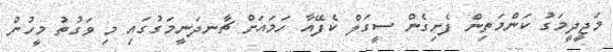
މަޖީދީމަގު ކަންމަތިން ފެށިގެން ސީގަލް ކެފޭއާ ހަމައަށް ޗާނދަނީމަގުގައި މި ވަގުތު މީހުން